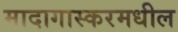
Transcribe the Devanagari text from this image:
मादागास्करमधील